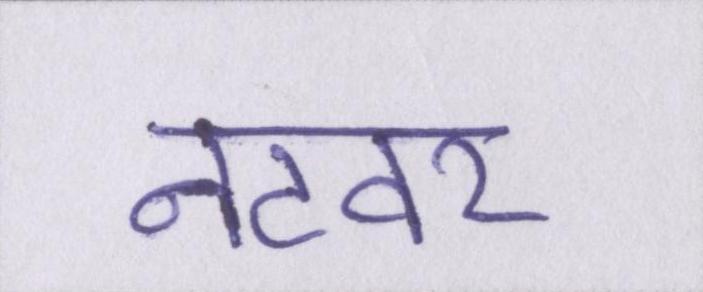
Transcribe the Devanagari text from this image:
नटवर